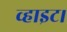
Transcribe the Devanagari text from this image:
व्हाइट।